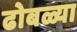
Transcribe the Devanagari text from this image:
ढोबळ्या